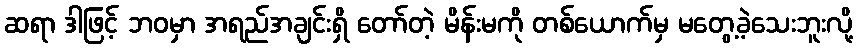
ဆရာ ဒါဖြင့် ဘဝမှာ အရည်အချင်းရှိ တော်တဲ့ မိန်းမကို တစ်ယောက်မှ မတွေ့ခဲ့သေးဘူးလို့